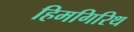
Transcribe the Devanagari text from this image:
हिमगिरिथ